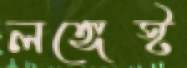
লঙ্গেস্ট